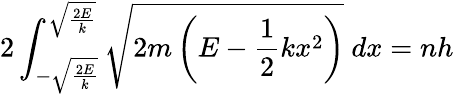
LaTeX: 2\int_{-{\sqrt{\frac{2E}{k}}}}^{\sqrt{\frac{2E}{k}}}{\sqrt{2m\left(E-{\frac{1}{2}}kx^{2}\right)}}\ dx=nh